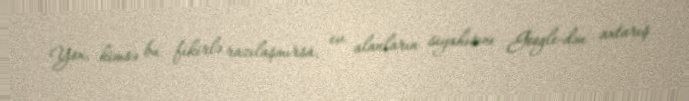
Yox, kimsə bu fikirlə razılaşmırsa, ev alanların siyahısını Google-dən axtarış